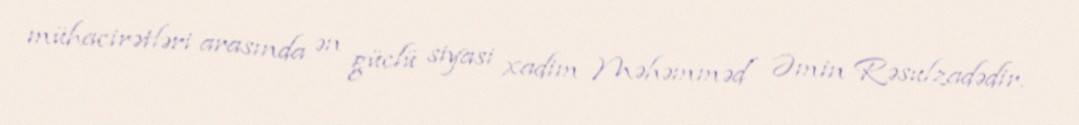
mühacirətləri arasında ən güclü siyasi xadim Məhəmməd Əmin Rəsulzadədir.